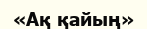
«Ақ қайың»